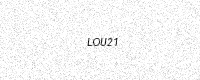
Text: LOU21